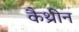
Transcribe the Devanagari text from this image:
कैथ्रीन